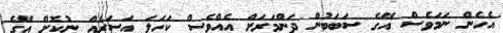
އެހެން ނަމަވެސް އޭގެ ސަބަބުން ދަންމަރަށް އެއްވެސް ކަހަލަ އަސަރެއް ނުކޮށް އޭގެ